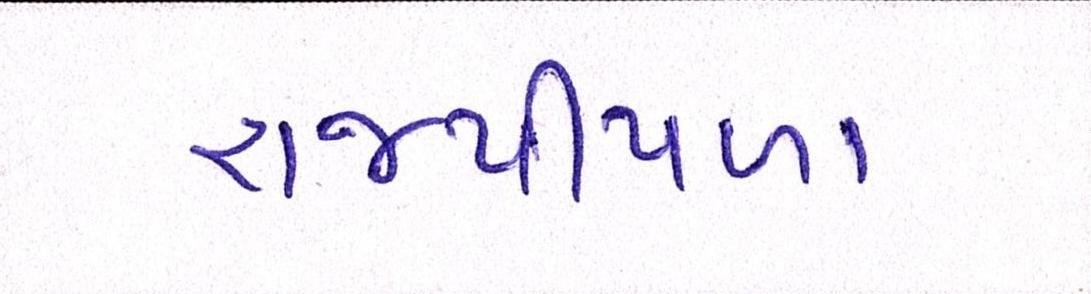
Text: રાજપીપળા